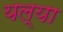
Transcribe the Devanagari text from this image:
यल्या